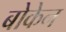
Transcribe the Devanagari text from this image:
बोकेन